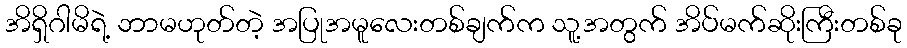
အိရှိဂါမိရဲ့ ဘာမဟုတ်တဲ့ အပြုအမူလေးတစ်ချက်က သူ့အတွက် အိပ်မက်ဆိုးကြီးတစ်ခု